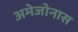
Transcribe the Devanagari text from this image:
अमेजोनास